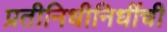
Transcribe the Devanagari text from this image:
प्रतीनिधीनिधींची